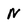
Character: N